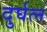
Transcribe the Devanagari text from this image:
दुर्घत्न